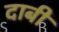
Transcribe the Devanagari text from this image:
दाबी